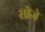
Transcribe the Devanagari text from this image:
सोजे